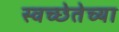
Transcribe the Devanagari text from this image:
स्वच्छेतेच्या